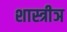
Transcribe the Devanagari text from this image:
शास्त्रीञ